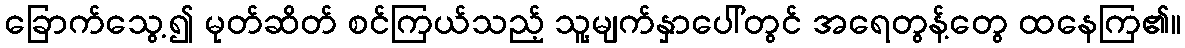
ခြောက်သွေ့၍ မုတ်ဆိတ် စင်ကြယ်သည့် သူ့မျက်နှာပေါ်တွင် အရေတွန့်တွေ ထနေကြ၏။